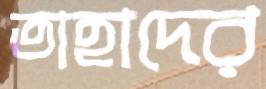
তাহাদের